Lunatic asylums Punjab 1868-1880 - 1868-1880
Year: 1868
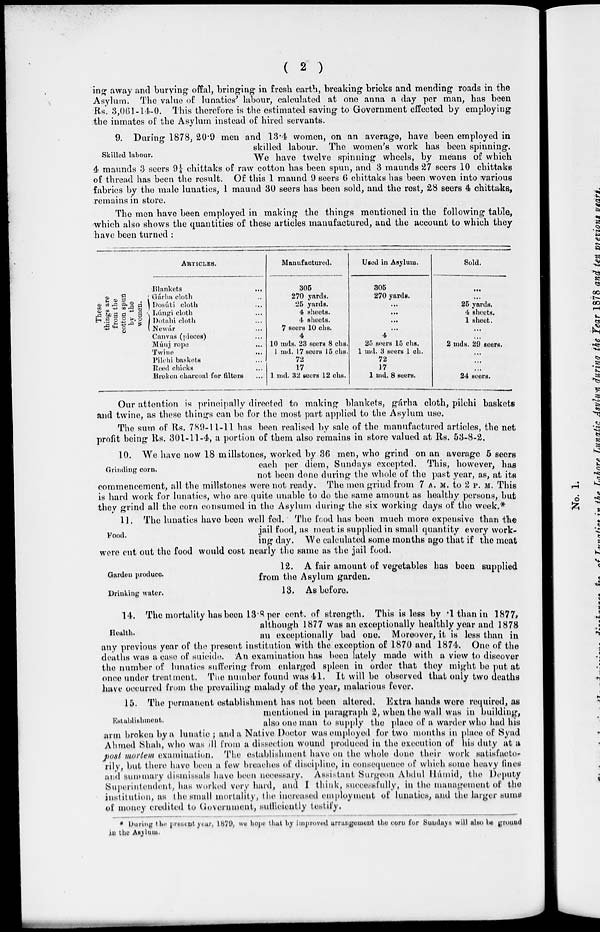
( 2 )
ing away and burying offal, bringing in fresh earth, breaking bricks and mending roads in the
Asylum. The value of lunatics' labour, calculated at one anna a day per man, has been
Rs. 3,061-14-0. This therefore is the estimated saving to Government effected by employing
the inmates of the Asylum instead of hired servants.
Skilled labour.
9. During 1878, 20.9 men and 13.4 women, on an average, have been employed in
skilled labour. The women's work has been spinning.
We have twelve spinning wheels, by means of which
4 maunds 3 seers 9¼ chittaks of raw cotton has been spun, and 3 maunds 27 seers 10 chittaks
of thread has been the result. Of this 1 maund 9 seers 6 chittaks has been woven into various
fabrics by the male lunatics, 1 maund 30 seers has been sold, and the rest, 28 seers 4 chittaks,
remains in store.
The men have been employed in making the things mentioned in the following table,
which also shows the quantities of these articles manufactured, and the account to which they
have been turned :
These
things are
from the
cotton spun
by the
woman.
ARTICLES.
Blankets
...
Gárha cloth ...
Dosúti cloth ...
Lúngi cloth ...
Dotahi cloth ...
Newár ...
Canvas (pieces) ...
Múnj rope ...
Twine ...
Pilchi baskets ...
Reed chicks ...
Broken charcoal for filters ...
Manufactured.
305
270 yards.
25 yards.
4 sheets.
4 sheets.
7 seers 10 chs.
4
10 mds. 28 seers 8 chs.
1 md. 17 seers 15 chs.
72
17
1 md. 32 seers 12 chs.
Used in Asylum.
305
270 yards.
...
...
...
...
4
25 seers 15 chs.
1 md. 3 seers 1 ch.
72
17
1 md. 8 seers.
Sold.
...
...
25 yards.
4 sheets.
1 sheet.
...
...
2 mds. 29 seers.
...
...
...
24 seers.
Our attention is principally directed to making blankets, gárha cloth, pilchi baskets
and twine, as these things can be for the most part applied to the Asylum use.
The sum of Rs. 789-11-11 has been realised by sale of the manufactured articles, the net
profit being Rs. 301-11-4, a portion of them also remains in store valued at Rs. 53-8-2.
Grinding corn.
10. We have now 18 millstones, worked by 36 men, who grind on an average 5 seers
each per diem, Sundays excepted. This, however, has
not been done during the whole of the past year, as, at its
commencement, all the millstones were not ready. The men grind from 7 A. M. to 2 P. M. This
is hard work for lunatics, who are quite unable to do the same amount as healthy persons, but
they grind all the corn consumed in the Asylum during the six working days of the week.
Food.
11. The lunatics have been well fed. The food has been much more expensive than the
jail food, as meat is supplied in small quantity every work-
ing day. We calculated some months ago that if the meat
were cut out the food would cost nearly the same as the jail food.
Garden produce.
12. A fair amount of vegetables has been supplied
from the Asylum garden.
Drinking water.
13. As before.
Health.
14. The mortality has been 13.8 per cent. of strength. This is less by 1 than in 1877,
although 1877 was an exceptionally healthly year and 1878
an exceptionally bad one. Moreover, it is less than in
any previous year of the present institution with the exception of 1870 and 1874. One of the
deaths was a case of suicide. An examination has been lately made with a view to discover
the number of lunatics suffering from enlarged spleen in order that they might be put at
once under treatment. The number found was 41. It will be observed that only two deaths
have occurred from the prevailing malady of the year, malarious fever.
Establishment.
15. The permanent establishment has not been altered. Extra hands were required, as
mentioned in paragraph 2, when the wall was in building
also one man to supply the place of a warder who had his
arm broken by a lunatic ; and a Native Doctor was employed for two months in place of Syad
Ahmed Shah, who was ill from a dissection wound produced in the execution of his duty at a
post mortem examination. The establishment have on the whole done their work satisfacto-
rily, but there have been a few breaches of discipline, in consequence of which some heavy lines
and summary dismissals have been necessary. Assistant Surgeon Abdul Hámid, the Deputy
Superintendent, has worked very hard, and I think, successfully, in the management of the
institution, as the small mortality, the increased employment of lunatics, and the larger sums
of money credited to Government, sufficiently testify.
* During the present year, 1879, we hope that by improved arrangement the corn for Sundays will also be ground
in the Asylum.